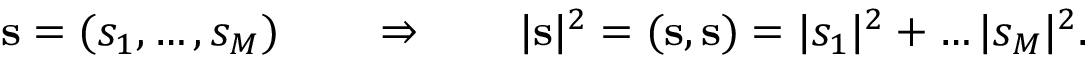
\begin{array} { r } { \mathbf { s } = ( s _ { 1 } , \ldots , s _ { M } ) \qquad \Rightarrow \qquad | \mathbf { s } | ^ { 2 } = ( \mathbf { s } , \mathbf { s } ) = | s _ { 1 } | ^ { 2 } + \ldots | s _ { M } | ^ { 2 } . } \end{array}